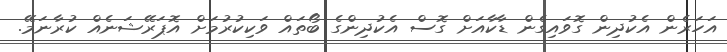
އަހަރެން އެކުދިން ގޮވައިގެން ޑާކާއަށް ގޮސް އެކުދިންގެ ބޯތައް ވަކިކުރުމަށް އޮޕަރޭޝަނެއް ކުރާނަމޭ.